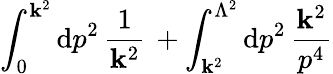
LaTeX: \int_{0}^{\mathbf{k}^{2}}\mathrm{{d}}p^{2}\, \frac{{1}}{{\mathbf{k}^{2}}}\, +\int_{\mathbf{k}^{2}}^{\Lambda^{2}}\mathrm{{d}}p^{2}\, \frac{{\mathbf{k}^{2}}}{{p^{4}}}